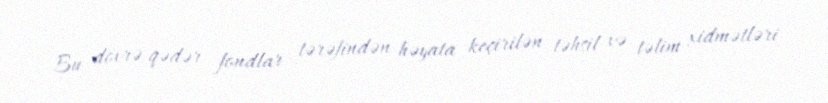
Bu dövrə qədər fondlar tərəfindən həyata keçirilən təhsil və təlim xidmətləri